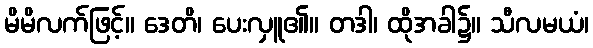
မိမိလက်ဖြင့်။ ဒေတိ၊ ပေးလှူ၏။ တဒါ၊ ထိုအခါ၌။ သီလမယံ၊